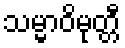
သမ္မာဝိမုတ္တီ